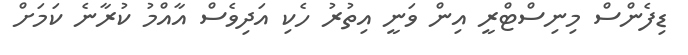
ޑިފެންސް މިނިސްޓްރީ އިން ވަނީ އިތުރު ހެކި އަދިވެސް އާއްމު ކުރާނެ ކަމަށް